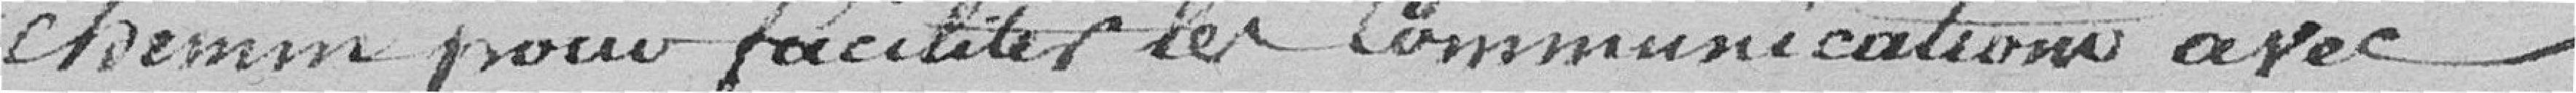
chemin pour faciliter les communications avec